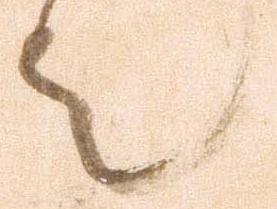
者